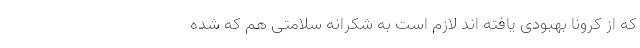
که از کرونا بهبودی یافته اند لازم است به شکرانه سلامتی هم که شده